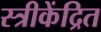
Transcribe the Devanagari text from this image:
स्त्रीकेंद्रित